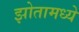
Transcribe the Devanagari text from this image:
झोतामध्ये